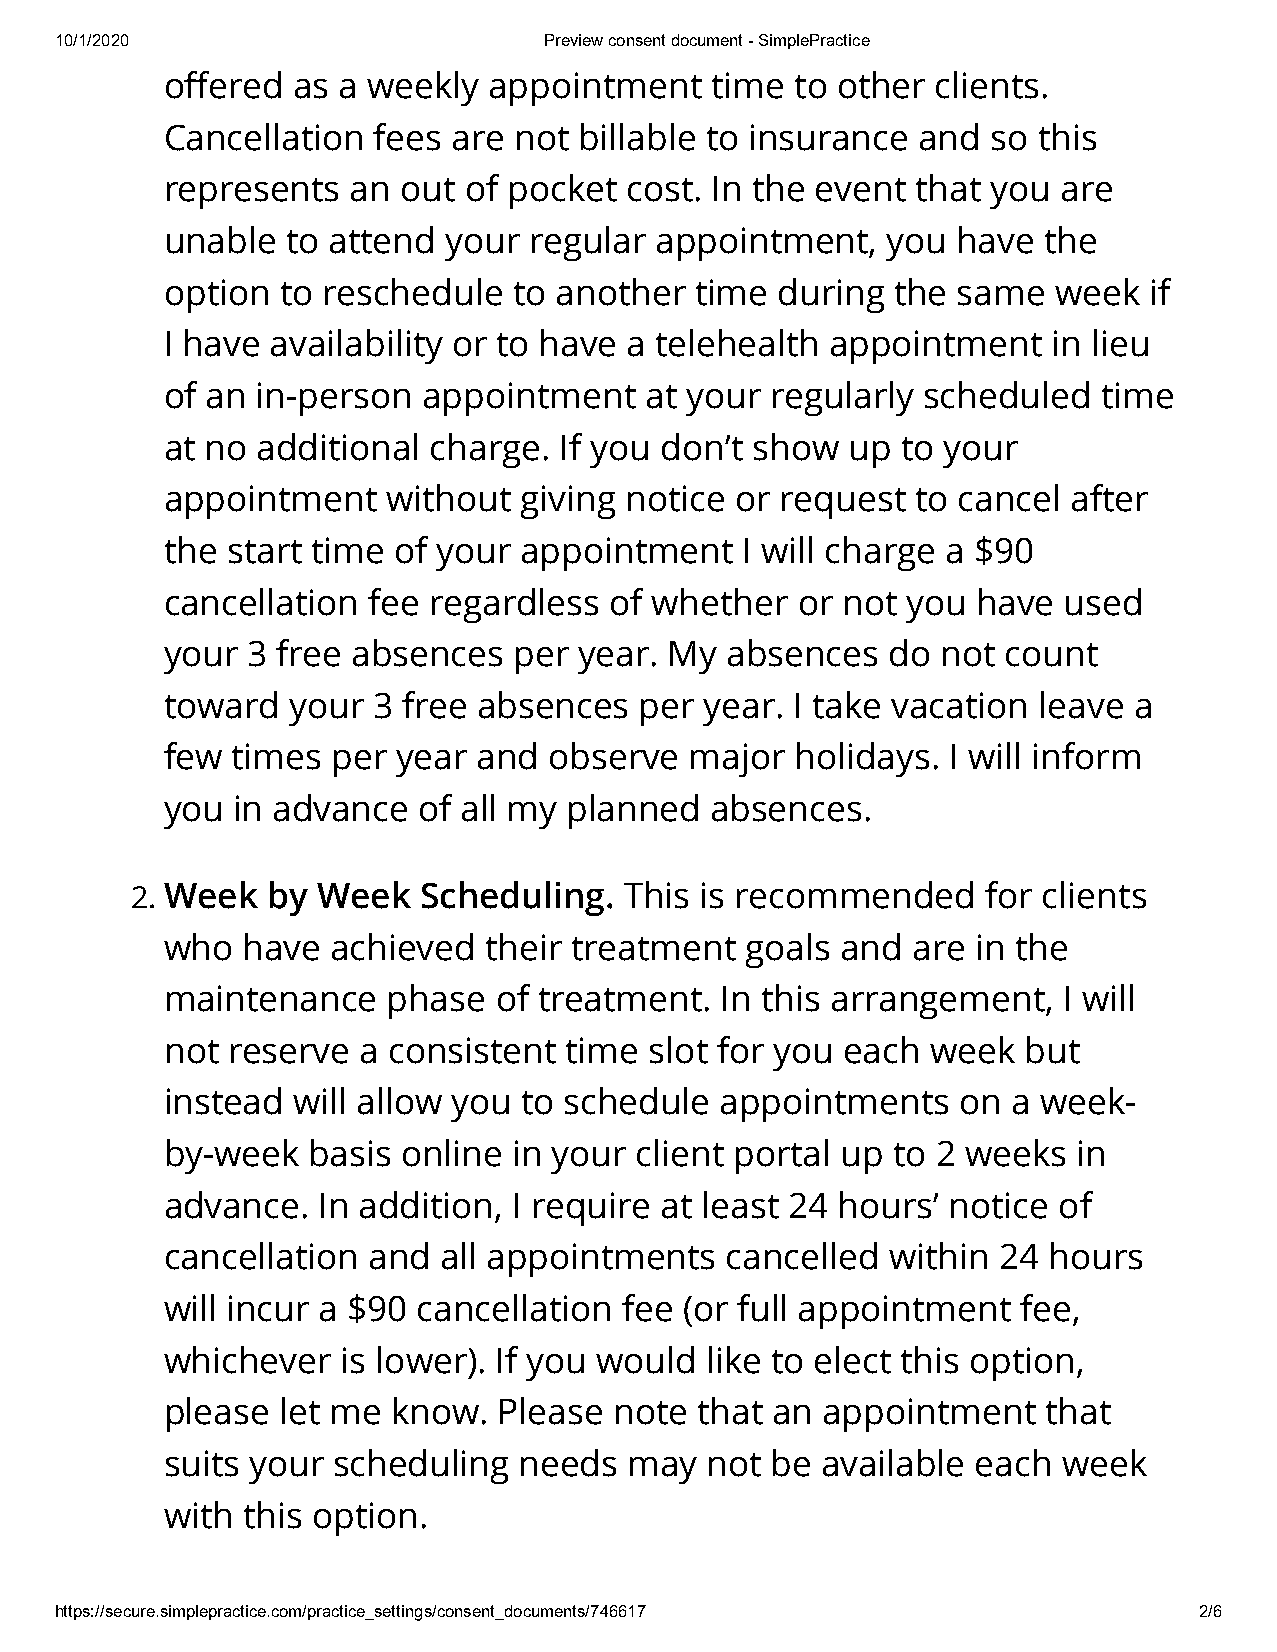
10/1/2020                       Preview consent document - SimplePractice
 oered  as a weekly  appointment    time  to other clients.
 Cancellation  fees are not billable to insurance  and  so this
 represents  an  out of pocket cost. In the event  that you are
 unable  to attend your  regular appointment,    you have  the
 option  to reschedule  to another  time  during the same   week  if
 I have availability or to have a telehealth appointment    in lieu
 of an in-person  appointment    at your regularly scheduled   time
 at no additional  charge. If you don’t show  up  to your
 appointment    without  giving notice or request  to cancel after
 the start time of your appointment    I will charge a $90
 cancellation fee regardless  of whether   or not you  have  used
 your 3 free absences   per year. My  absences   do not  count
 toward  your  3 free absences  per  year. I take vacation leave a
 few times  per year  and observe   major  holidays. I will inform
 you in advance   of all my planned  absences.
 2. Week  by Week   Scheduling.  This is recommended     for clients
 who  have  achieved  their treatment  goals  and are  in the
 maintenance    phase  of treatment.  In this arrangement,  I will
 not reserve  a consistent time  slot for you each  week  but
 instead will allow you  to schedule  appointments    on a week-
 by-week  basis  online in your client portal up to 2 weeks  in
 advance.  In addition, I require at least 24 hours’ notice of
 cancellation and  all appointments   cancelled  within 24 hours
 will incur a $90 cancellation fee (or full appointment   fee,
 whichever   is lower). If you would like to elect this option,
 please  let me know.  Please  note that an  appointment   that
 suits your scheduling  needs   may  not be available  each week
 with this option.
 https://secure.simplepractice.com/practice_settings/consent_documents/746617 2/6